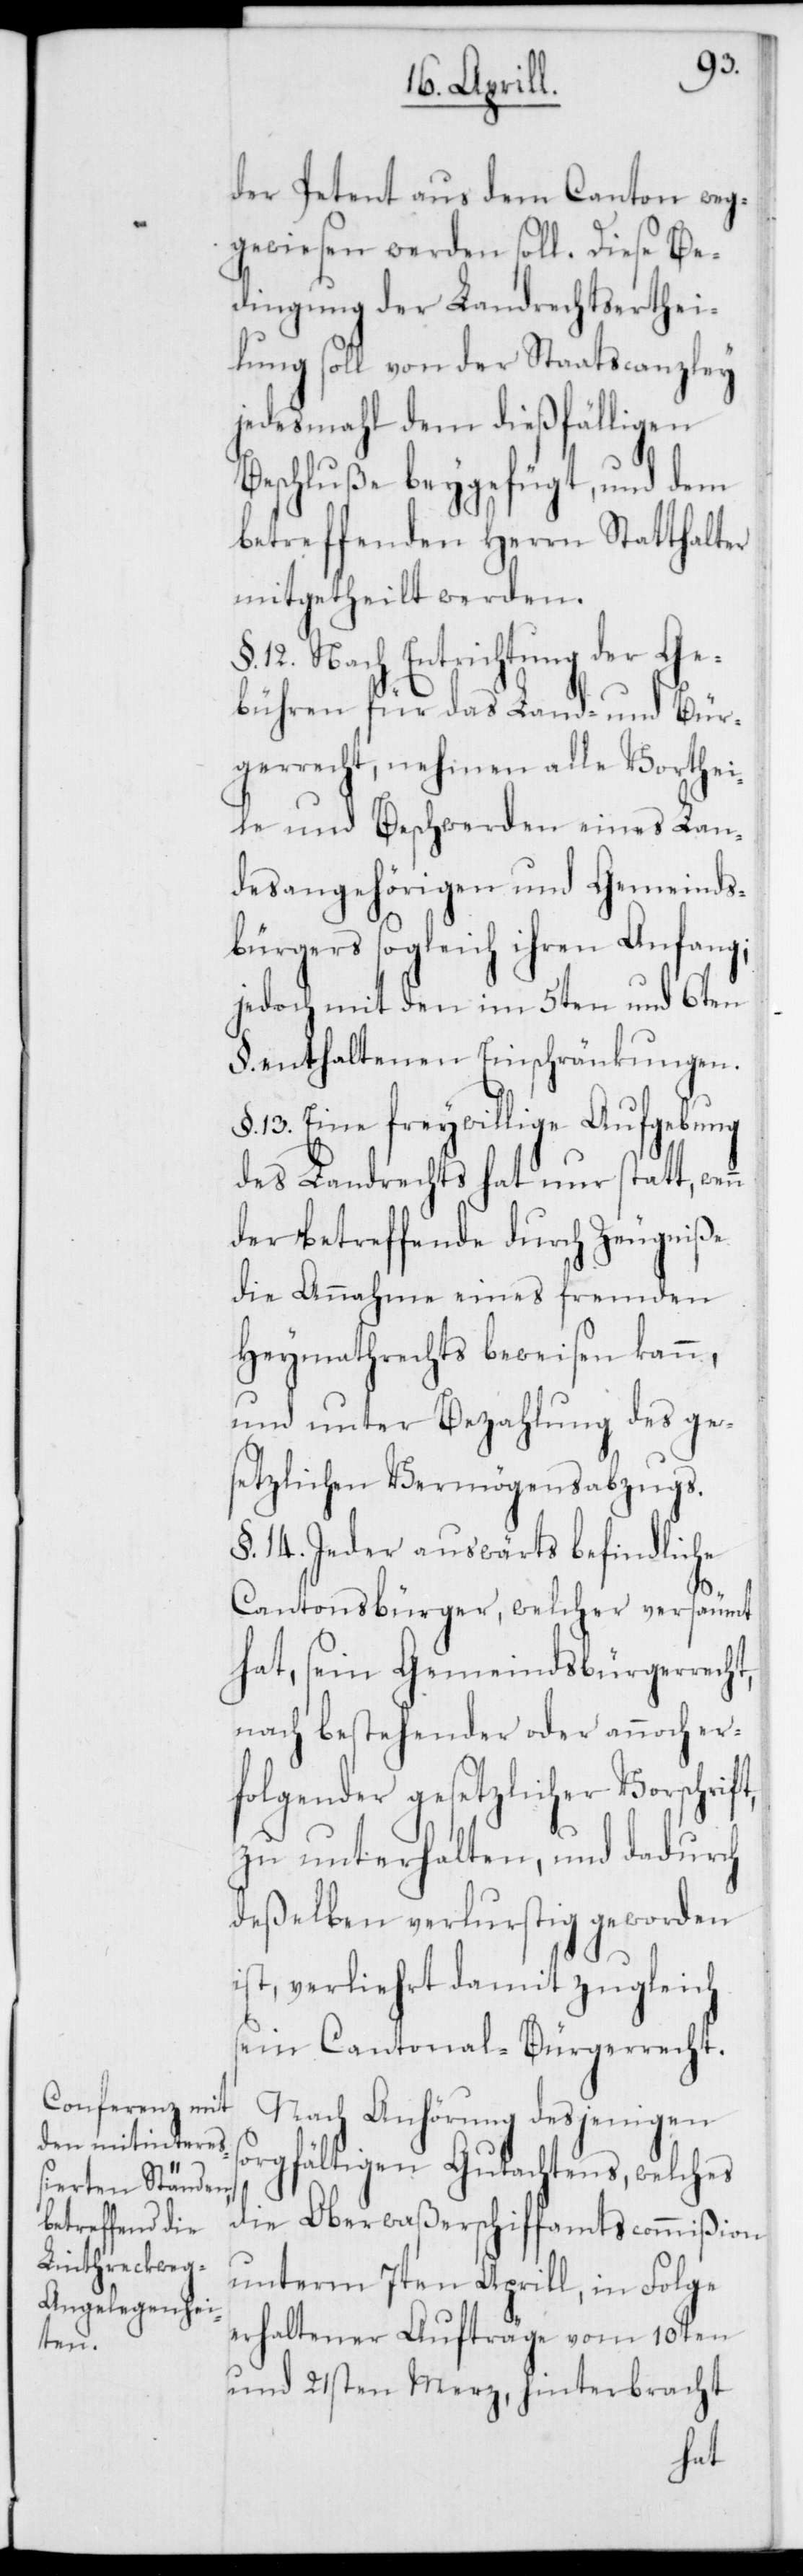
n
der Petent aus dem Canton weg¬
gewiesen werden soll. Diese Be¬
dingung der Landrechtserthei¬
lung soll von der Staatscanzley
jedesmahl dem dießfälligen
Beschluße beygefügt, und dem
betreffenden Herrn Statthalter
mitgetheilt werden.
§. 12. Nach Entrichtung der Ge¬
bühren für das Land- und Bür¬
gerrecht, nehmen alle Vorthei¬
le und Beschwerden eines Lan¬
desangehörigen und Gemeinds¬
bürger sogleich ihren Anfang;
jedoch mit den im 5ten und 6ten
§. enthaltenen Einschränkungen.
§. 13. Eine freywillige Aufhebung
des Landrechts hat nur statt, wen¬
der Betreffende durch Zeugniße
die Annahme eines fremden
Heymathrechts beweisen kann,
und unter Bezahlung des ge¬
setzlichen Vermögensabzugs.
§. 14. Jeder auswärts befindliche
Cantonsbürger, welcher versäumt
hat, sein Gemeindsbürgerrecht,
nach bestehender oder annoch er¬
folgender gesetzlicher Vorschrift,
zu unterhalten, und dadurch
deßelben verlustig geworden
ist, verliert damit zugleich
sein Cantonal-Bürgerrecht.
Nach Anhörung desjenigen
sorgfältigen Gutachtens, welches
die Oberwaßerschiffamtscommißion
unterm 7ten Aprill, in Folge
erhaltener Aufträge vom 10ten
und 21sten Merz, hinterbracht